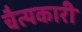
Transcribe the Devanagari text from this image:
चैत्यकारी